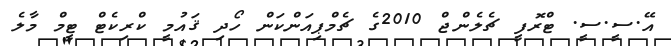
އޭ.ސީ.ސީ. ޓްރޮފީ ޗެލެންޖް 2010ގެ ޗެމްޕިއަންކަން ހޯދި ޤައުމީ ކްރިކެޓް ޓީމް މާލެ